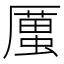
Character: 𠪿